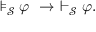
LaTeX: \models _ { \mathcal { S } } \varphi \ \to \ \vdash _ { \mathcal { S } } \varphi .